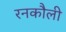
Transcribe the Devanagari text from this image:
रनकौली